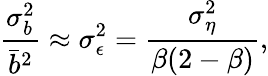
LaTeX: \frac{\sigma_{b}^{2}}{\bar{b}^{2}}\approx\sigma_{\epsilon}^{2}=\frac{\sigma_{\eta}^{2}}{\beta(2-\beta)},